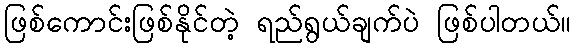
ဖြစ်ကောင်းဖြစ်နိုင်တဲ့ ရည်ရွယ်ချက်ပဲ ဖြစ်ပါတယ်။